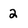
Character: 2